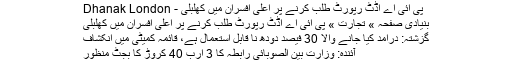
پی آئی اے آڈٹ رپورٹ طلب کرنے پر اعلیٰ افسران میں کھلبلی - Dhanak London
بنیادی صفحہ » تجارت » پی آئی اے آڈٹ رپورٹ طلب کرنے پر اعلیٰ افسران میں کھلبلی
گزشتہ: درآمد کیا جانے والا 30 فیصد دودھ نا قابل استعمال ہے، قائمہ کمیٹی میں انکشاف
آئندہ: وزارت بین الصوبائی رابطہ کا 3 ارب 40 کروڑ کا بجٹ منظور